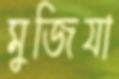
মুজিযা